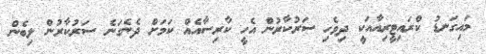
މައިގަނޑު ކްރައިޓީރިއާއަކީ ދިވެހި ސަރުކާރުން އެހީ ކާރިސާއެއް ކަމަށް ދެނެގަނެ ސަރުކާރުން ލިބެން